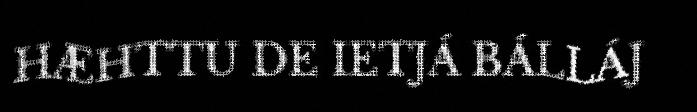
HÆHTTU DE IETJÁ BÁLLÁJ